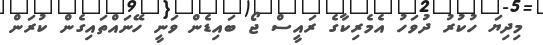
މިދިޔަ ހުކުރު ދުވަހު އެމެރިކާގެ ރައީސް ޖޯ ބައިޑެން ވަނީ ހޭނައްތައިގެން ކުރަން